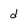
Character: d